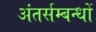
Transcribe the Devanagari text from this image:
अंतर्सम्बन्धों